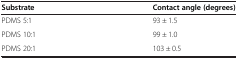
<table><thead><tr><td><b>Substrate</b></td><td><b>Contact angle (degrees)</b></td></tr></thead><tbody><tr><td>PDMS 5:1</td><td>93 ± 1.5</td></tr><tr><td>PDMS 10:1</td><td>99 ± 1.0</td></tr><tr><td>PDMS 20:1</td><td>103 ± 0.5</td></tr></tbody></table>